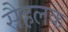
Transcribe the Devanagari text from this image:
सैहलक